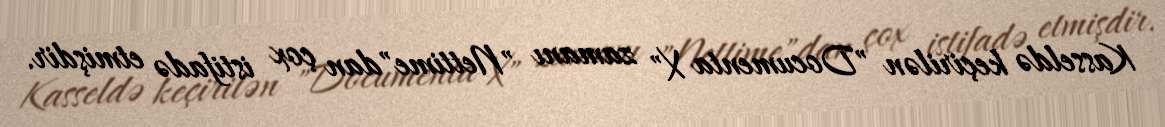
Kasseldə keçirilən "Documenta X" zamanı "Nettime"dan çox istifadə etmişdir.